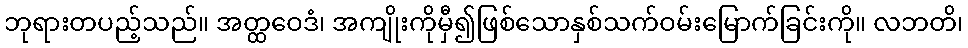
ဘုရားတပည့်သည်။ အတ္ထဝေဒံ၊ အကျိုးကိုမှီ၍ဖြစ်သောနှစ်သက်ဝမ်းမြောက်ခြင်းကို။ လဘတိ၊